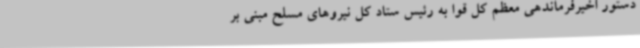
دستور اخیرفرماندهی معظم کل قوا به رئیس ستاد کل نیروهای مسلح مبنی بر